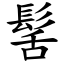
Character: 髺